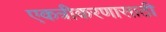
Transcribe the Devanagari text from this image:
एकत्रीकरणासाठी